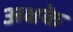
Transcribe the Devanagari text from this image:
अक्षके